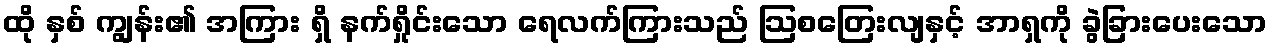
ထို နှစ် ကျွန်း၏ အကြား ရှိ နက်ရှိုင်းသော ရေလက်ကြားသည် ဩစတြေးလျနှင့် အာရှကို ခွဲခြားပေးသော